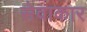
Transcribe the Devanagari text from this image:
सेवाकार